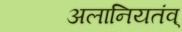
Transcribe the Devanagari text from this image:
अलानियतंव्